Document type: Grant of rights
Year: 1254
Scribe: Jaume de Port
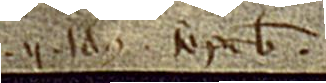
II idus septembris